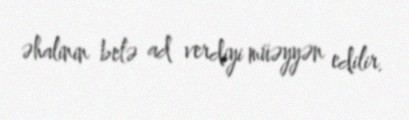
əhalinin belə ad verdiyi müəyyən edilir.